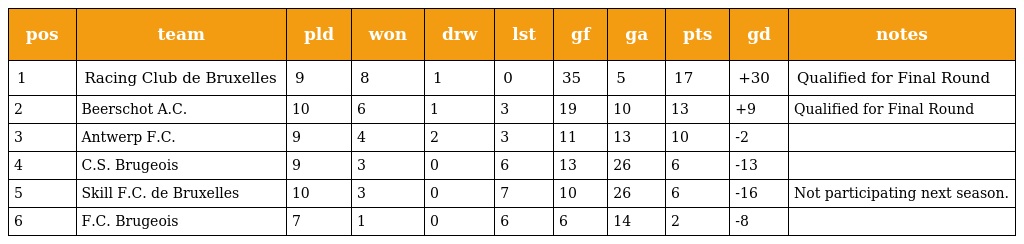
| pos | team | pld | won | drw | lst | gf | ga | pts | gd | notes |
 | --- | --- | --- | --- | --- | --- | --- | --- | --- | --- | --- |
 | 1 | Racing Club de Bruxelles | 9 | 8 | 1 | 0 | 35 | 5 | 17 | +30 | Qualified for Final Round |
 | 2 | Beerschot A.C. | 10 | 6 | 1 | 3 | 19 | 10 | 13 | +9 | Qualified for Final Round |
 | 3 | Antwerp F.C. | 9 | 4 | 2 | 3 | 11 | 13 | 10 | -2 |  |
 | 4 | C.S. Brugeois | 9 | 3 | 0 | 6 | 13 | 26 | 6 | -13 |  |
 | 5 | Skill F.C. de Bruxelles | 10 | 3 | 0 | 7 | 10 | 26 | 6 | -16 | Not participating next season. |
 | 6 | F.C. Brugeois | 7 | 1 | 0 | 6 | 6 | 14 | 2 | -8 |  |